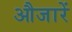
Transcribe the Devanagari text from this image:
औजारें